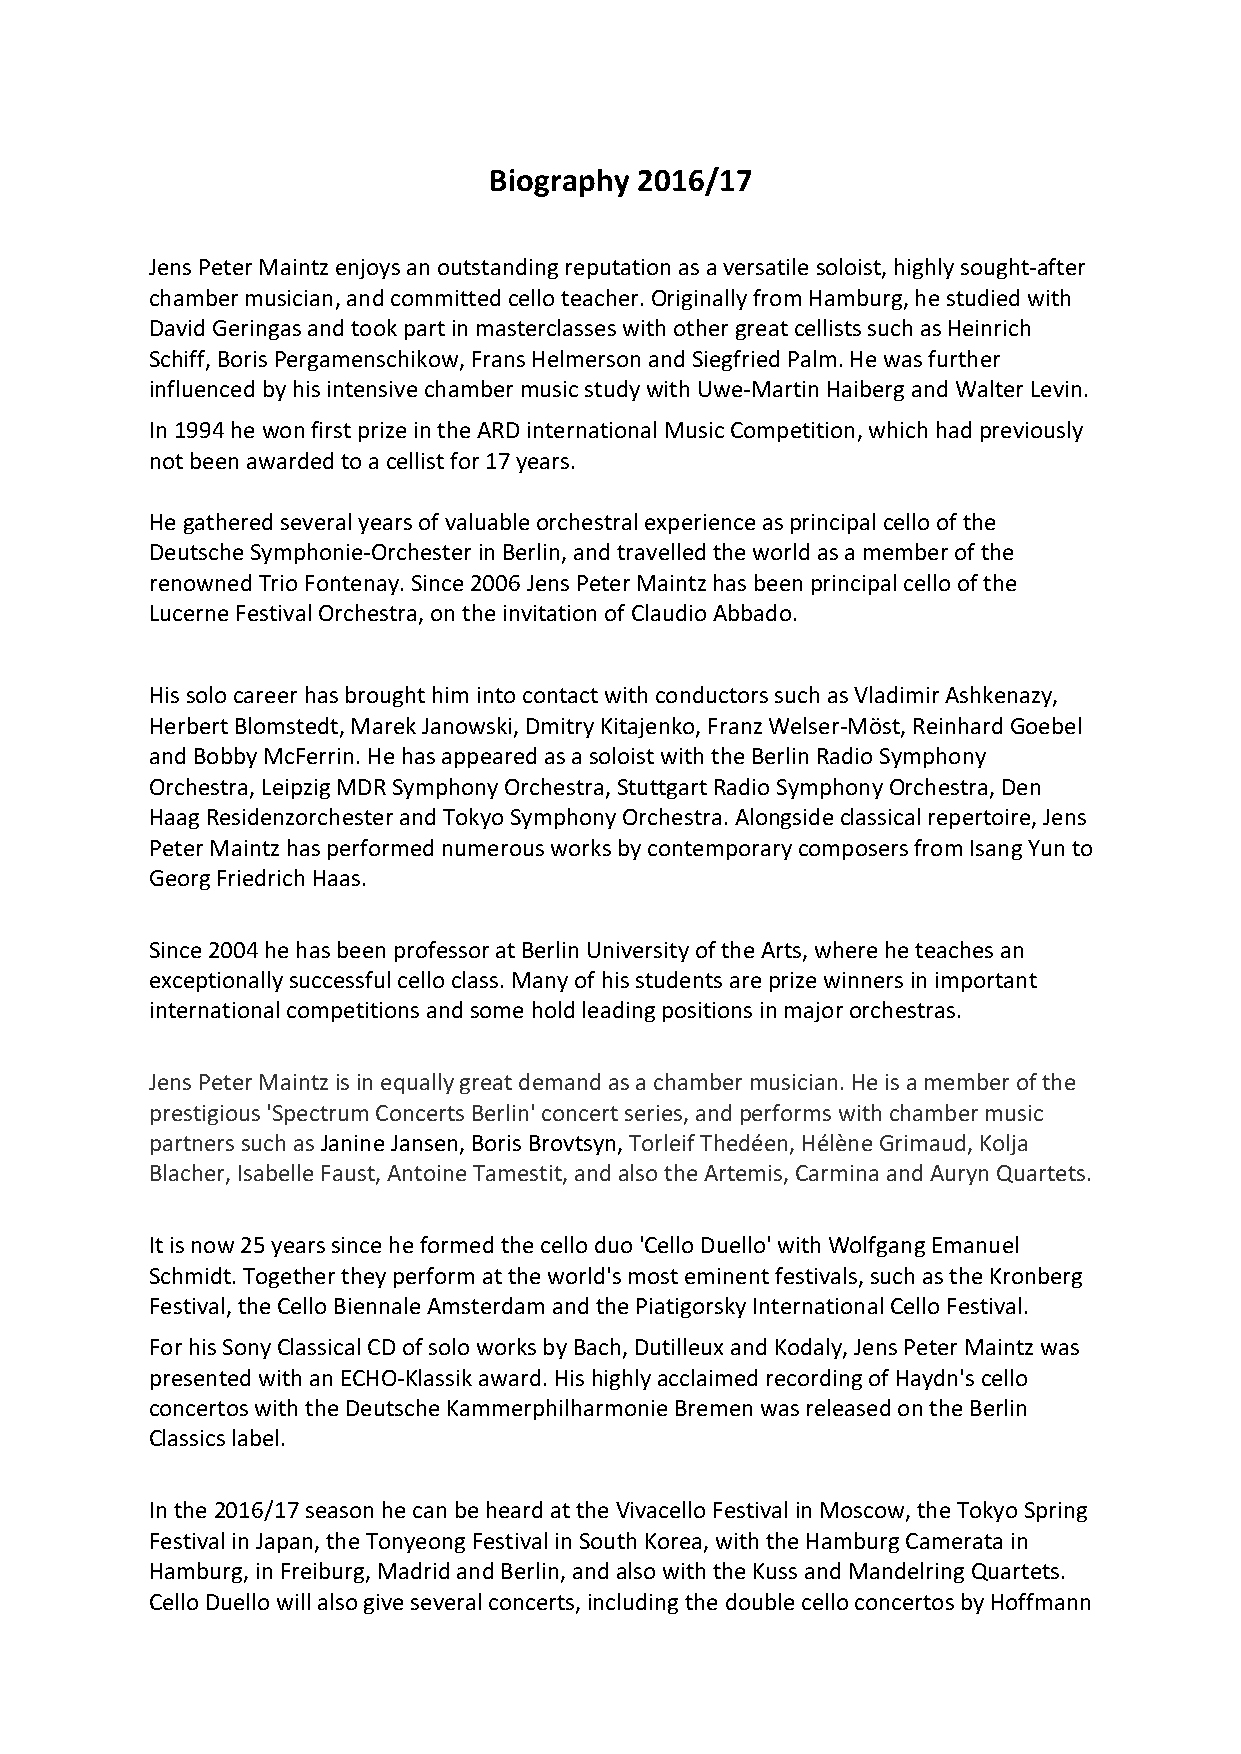
Biography 2016/17
 Jens Peter Maintz enjoys an outstanding reputation as a versatile soloist, highly sought-after
 chamber musician, and committed cello teacher. Originally from Hamburg, he studied with
 David Geringas and took part in masterclasses with other great cellists such as Heinrich
 Schiff, Boris Pergamenschikow, Frans Helmerson and Siegfried Palm. He was further
 influenced by his intensive chamber music study with Uwe-Martin Haiberg and Walter Levin.
 In 1994 he won first prize in the ARD international Music Competition, which had previously
 not been awarded to a cellist for 17 years.
 He gathered several years of valuable orchestral experience as principal cello of the
 Deutsche Symphonie-Orchester in Berlin, and travelled the world as a member of the
 renowned Trio Fontenay. Since 2006 Jens Peter Maintz has been principal cello of the
 Lucerne Festival Orchestra, on the invitation of Claudio Abbado.
 His solo career has brought him into contact with conductors such as Vladimir Ashkenazy,
 Herbert Blomstedt, Marek Janowski, Dmitry Kitajenko, Franz Welser-Möst, Reinhard Goebel
 and Bobby McFerrin. He has appeared as a soloist with the Berlin Radio Symphony
 Orchestra, Leipzig MDR Symphony Orchestra, Stuttgart Radio Symphony Orchestra, Den
 Haag Residenzorchester and Tokyo Symphony Orchestra. Alongside classical repertoire, Jens
 Peter Maintz has performed numerous works by contemporary composers from Isang Yun to
 Georg Friedrich Haas.
 Since 2004 he has been professor at Berlin University of the Arts, where he teaches an
 exceptionally successful cello class. Many of his students are prize winners in important
 international competitions and some hold leading positions in major orchestras.
 Jens Peter Maintz is in equally great demand as a chamber musician. He is a member of the
 prestigious 'Spectrum Concerts Berlin' concert series, and performs with chamber music
 partners such as Janine Jansen, Boris Brovtsyn, Torleif Thedéen, Hélène Grimaud, Kolja
 Blacher, Isabelle Faust, Antoine Tamestit, and also the Artemis, Carmina and Auryn Quartets.
 It is now 25 years since he formed the cello duo 'Cello Duello' with Wolfgang Emanuel
 Schmidt. Together they perform at the world's most eminent festivals, such as the Kronberg
 Festival, the Cello Biennale Amsterdam and the Piatigorsky International Cello Festival.
 For his Sony Classical CD of solo works by Bach, Dutilleux and Kodaly, Jens Peter Maintz was
 presented with an ECHO-Klassik award. His highly acclaimed recording of Haydn's cello
 concertos with the Deutsche Kammerphilharmonie Bremen was released on the Berlin
 Classics label.
 In the 2016/17 season he can be heard at the Vivacello Festival in Moscow, the Tokyo Spring
 Festival in Japan, the Tonyeong Festival in South Korea, with the Hamburg Camerata in
 Hamburg, in Freiburg, Madrid and Berlin, and also with the Kuss and Mandelring Quartets.
 Cello Duello will also give several concerts, including the double cello concertos by Hoffmann